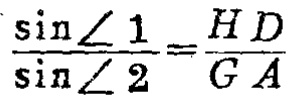
\(\frac{\sin\angle 1}{\sin\angle 2}=\frac{HD}{GA}\)